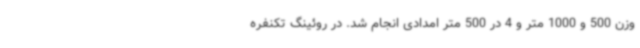
وزن 500 و 1000 متر و 4 در 500 متر امدادی انجام شد. در روئینگ تکنفره